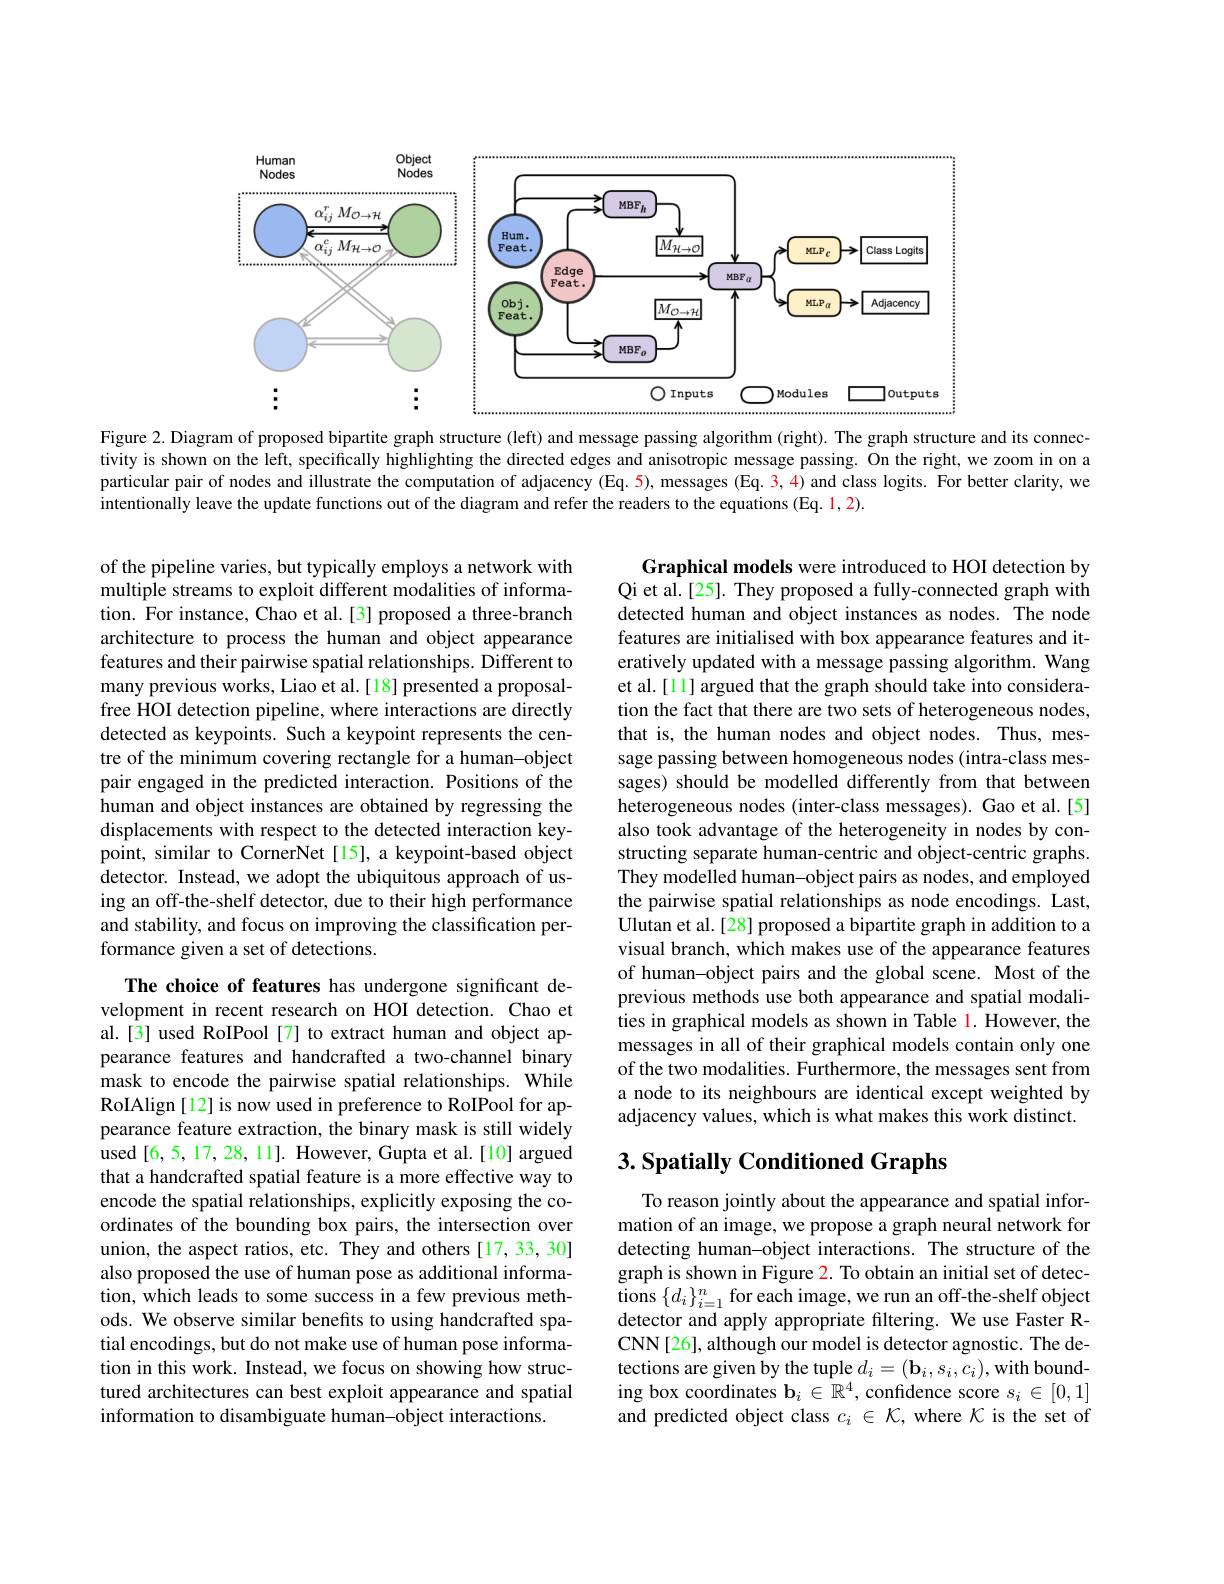
<FigureHere>
Figure 2. Diagram of proposed bipartite graph structure (left) and message passing algorithm (right). The graph structure and its connec-

tivity is shown on the left, specifically highlighting the directed edges and anisotropic message passing. On the right, we zoom in on a particular pair of nodes and illustrate the computation of adjacency (Eq.5), messages (Eq.3,4) and class logits. For better clarity, we intentionally leave the update functions out of the diagram and refer the readers to the equations (Eq. 1,2).

of the pipeline varies, but typically employs a network with multiple streams to exploit different modalities of information. For instance, Chao et al.[3] proposed a three-branch architecture to process the human and object appearance features and their pairwise spatial relationships. Different to many previous works, Liao et al.[18] presented a proposalfree HOI detection pipeline, where interactions are directly detected as keypoints. Such a keypoint represents the centre of the minimum covering rectangle for a human-object pair engaged in the predicted interaction. Positions of the human and object instances are obtained by regressing the displacements with respect to the detected interaction keypoint, similar to CornerNet [15], a keypoint-based object detector. Instead, we adopt the ubiquitous approach of using an off-the-shelf detector, due to their high performance and stability, and focus on improving the classification performance given a set of detections.

Graphical models were introduced to HOI detection by Qi et al.[25]. They proposed a fully-connected graph with detected human and object instances as nodes. The node features are initialised with box appearance features and iteratively updated with a message passing algorithm. Wang et al. [11] argued that the graph should take into consideration the fact that there are two sets of heterogeneous nodes, that is, the human nodes and object nodes. Thus, message passing between homogeneous nodes (intra-class messages) should be modelled differently from that between heterogeneous nodes (inter-class messages). Gao et al.[5] also took advantage of the heterogeneity in nodes by constructing separate human-centric and object-centric graphs. They modelled human-object pairs as nodes, and employed the pairwise spatial relationships as node encodings. Last, $\hat{\text{Ulutan et al.[28] proposed a bipartite graph in addition to a}}$ visual branch, which makes use of the appearance features of human-object pairs and the global scene. Most of the previous methods use both appearance and spatial modalities in graphical models as shown in Table 1. However, the messages in all of their graphical models contain only one of the two modalities. Furthermore, the messages sent from a node to its neighbours are identical except weighted by adjacency values, which is what makes this work distinct.

## $3. \textbf{ Spatially Conditioned Graphs}$

The choice of features has undergone significant development in recent research on HOI detection. Chao et al.[3] used RoIPool[7] to extract human and object appearance features and handcrafted a two-channel binary mask to encode the pairwise spatial relationships. While RoIAlign [12] is now used in preference to RoIPool for appearance feature extraction, the binary mask is still widely used [6,5,17,28,11]. However, Gupta et al.[10] argued that a handcrafted spatial feature is a more effective way to encode the spatial relationships, explicitly exposing the coordinates of the bounding box pairs, the intersection over union, the aspect ratios, etc. They and others [17,33,30] also proposed the use of human pose as additional information, which leads to some success in a few previous methods. We observe similar benefits to using handcrafted spatial encodings, but do not make use of human pose information in this work. Instead, we focus on showing how structured architectures can best exploit appearance and spatial information to disambiguate human-object interactions.

To reason jointly about the appearance and spatial information of an image, we propose a graph neural network for detecting human-object interactions. The structure of the graph is shown in Figure 2. To obtain an initial set of detec- $\operatorname*{tions}\left\{d_{i}\right\}_{i=1}^{n}$for each image, we run an off-the-shelf object detector and apply appropriate filtering. We use Faster RCNN[26], although our model is detector agnostic. The detections are given by the tuple $d_i=(\mathbf{b}_i,s_i,c_i)$,with bounding box coordinates $\mathbf{b}_i\in\mathbb{R}^4$, confidence score $s_i\in[0,1]$ and predicted object class $c_i\in\mathcal{K}$, where $\mathcal{K}$ is the set of